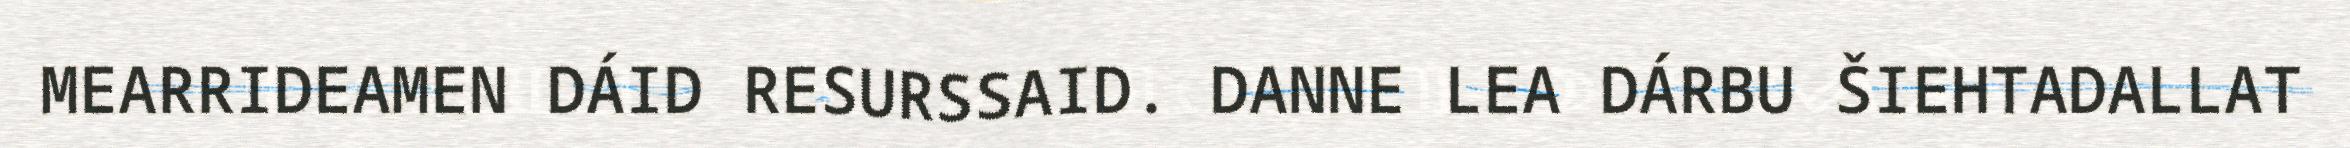
MEARRIDEAMEN DÁID RESURSSAID. DANNE LEA DÁRBU ŠIEHTADALLAT